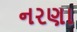
નરણા